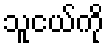
သူငယ်ကို